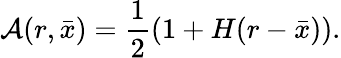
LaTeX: {\cal A}(r,\bar{x})={\frac{1}{2}}(1+H(r-\bar{x})).